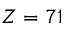
Z = 7 1